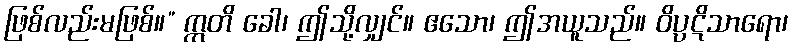
ဖြစ်လည်းမဖြစ်။” ဣတိ ခေါ၊ ဤသို့လျှင်။ ဧသော၊ ဤအယူသည်။ ဝိပ္ပဋိသာရော၊